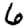
Digit: 6